Report on vaccination in Madras 1922-1929 - 1922-1929
Year: 1922
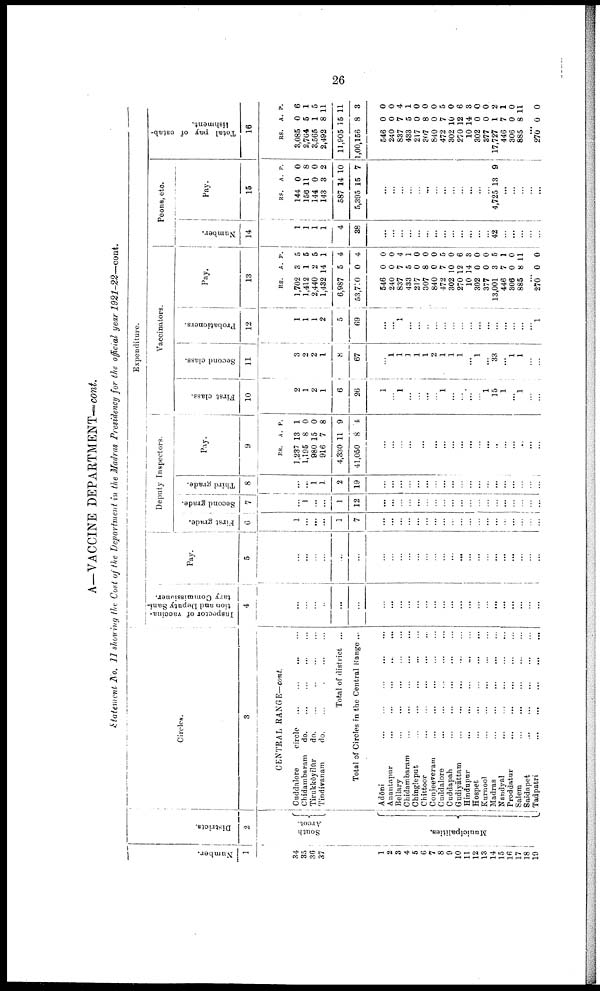
26
A—VACCINE DEPARTMENT—cont.
Statement No. II showing the Cost of the Department in the Madras Presidency for the official year 1921-22—cont.
Number.
1
34
35
36
37
1
2
3
4
5
6
7
8
9
10
11
12
13
14
l5
l6
17
18
19
Districts.
2
South
Arcot.
Municipalities.
Circles.
3
CENTRAL RANGE—cont.
Cuddalore
circle... ... ... ...
Chidambaram
d
o
. ... ... ... ... ...
Tirukkōyilūr
do.
...
...
...
...
Tindiranam
do.
...
...
...
...
Total of district ...
Total of Circles in the Central Range ...
Adōni...
...
...
...
Anantapur...
...
...
...
...
Bellary...
...
...
...
Chidambaram...
...
...
...
Chingleput...
...
...
...
Chittoor...
...
...
...
Conjeeveram...
...
...
...
...
Cuddalore...
...
...
...
Cuddapah...
...
...
...
...
Gudiyāttam...
...
...
...
Hindupur...
...
...
Hospet...
...
...
...
Kurnool...
...
...
Madras...
...
...
...
Nandyal...
...
...
...
Proddatur...
...
...
...
Salem...
...
...
...
Saidapet...
...
...
...
Tadpatri...
...
...
...
Expenditure.
Inspector of vaccina-
tion and Deputy Sani
tary Commissioner.
4
...
...
...
...
...
...
...
...
...
...
...
...
...
...
...
...
...
...
...
...
...
...
...
...
...
Pay.
5
......
...
...
...
...
...
...
...
...
...
...
...
...
...
...
...
...
...
...
...
...
...
...
...
...
Deputy Inspectors.
First grade.
6
1
...
...
...
1
7
...
...
...
...
...
...
...
...
...
...
...
...
...
...
...
...
...
...
...
Second grade.
7
...
1
...
...
1
12
...
...
...
...
...
...
...
...
...
...
...
...
...
...
...
...
...
...
...
Third grade.
8
...
...
1
1
2
19
...
...
...
...
...
...
...
...
...
...
...
...
...
...
...
...
...
...
...
Pay.
9
RS.
1,237
1,195
980
916
4,330
41,050
A.
13
8
15
7
11
8
P.
1
0
0
8
9
4
...
...
...
...
...
...
...
...
...
...
...
...
...
...
...
...
...
...
...
Vaccinators.
First class.
10
2
1
2
1
6
26
1
...
1
...
...
...
...
1
...
...
...
...
1
15
1
...
1
...
...
Second class.
11
3
2
2
1
8
67
...
1
1
1
1
1
2
1
1
1
...
1
...
33
...
1
1
...
...
Probationers.
12
1
1
1
2
5
69
...
...
1
...
...
...
...
...
...
...
...
...
...
...
...
...
...
...
1
Pay.
13
RS.
1,702
1,412
2,440
1,482
6,987
53,700
546
240
837
433
217
307
840
472
302
270
10
302
377
13,001
446
306
885
A.
3
1
2
14
5
0
0
0
7
5
0
8
0
7
10
12
14
0
0
3
7
0
8
P.
5
5
5
1
4
4
0
0
4
1
0
0
0
5
0
6
3
0
0
5
1
0
11
...
270 0 0
Peons, etc.
Number.
14
1
1
1
1
4
38
...
...
...
...
...
...
...
...
...
...
...
...
...
42
...
...
...
...
...
Pay.
15
RS.
144
156
144
143
587
5,395
A.
0
11
0
3
14
15
P.
0
8
0
2
10
7
...
...
...
...
...
...
...
...
...
...
...
...
...
4,725 13 9
...
...
...
...
...
Total pay of estab
lishment.
16
RS.
3,085
2,764
3,565
2,492
11,905
1,00,156
546
240
837
433
217
307
840
472
302
270
10
302
377
17,727
446
306
885
A.
0
5
1
8
15
8
0
0
7
5
0
8
0
7
10
12
14
0
0
1
7
0
8
P.
6
1
5
11
11
3
0
0
4
1
0
0
0
5
0
6
3
0
0
2
1
0
11
...
270 0 0